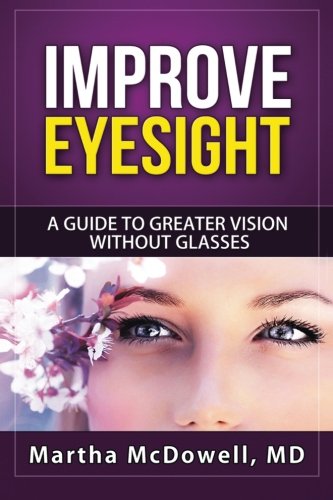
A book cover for Improve Eyesight: A Guide to Greater Vision Without Glasses, Eye Vision, Improve Your Eyesight Naturally, Perfect Sight Without Glasses, Eye Diseases (Volume 1); MD Martha McDowell; Health, Fitness & Dieting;